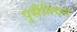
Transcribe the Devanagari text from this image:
पुसैनियन